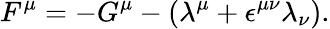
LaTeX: F^{\mu}=-G^{\mu}-({\lambda}^{\mu}+{\epsilon}^{{\mu}{\nu}}{\lambda}_{\nu}).